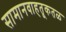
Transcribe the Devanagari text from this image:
सामानवाहतूकतळ